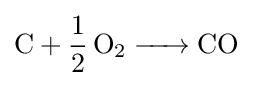
{\ce {C + 1/2O2 -> CO}}